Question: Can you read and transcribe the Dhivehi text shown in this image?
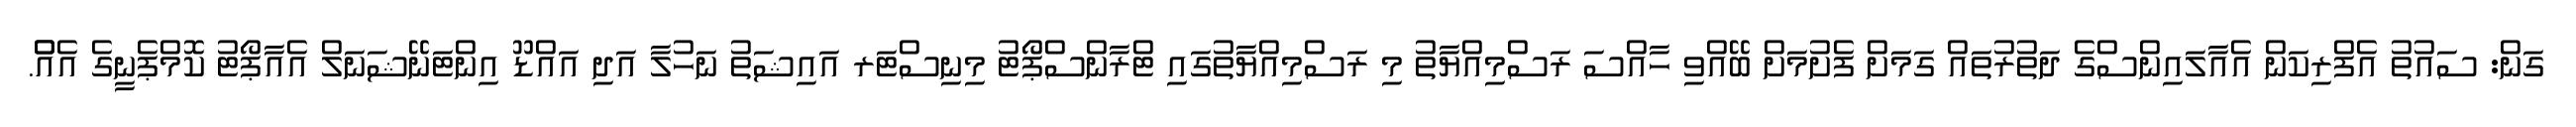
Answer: ގަން: ސައުތު އެފްރިކަން އެއާލައިންސްގެ ދަތުރުތައް ގަމަށް ފެށުމަށް ބޭއްވި ހާއްސަ ރަސްމިއްޔާތު މި ރަސްމިއްޔާތުގައި ޓްރާންސްޕޯޓު މިނިސްޓަރ އައިޝަތު ނަހުލާ އަދި އައްޑޫ އިންޓަނޭޝަނަލް އެއާޕޯޓު ކޮމްޕެނީގެ އެއްް.